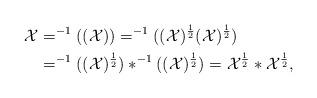
LaTeX: \begin{align*} \mathcal{X}&=^{-1}((\mathcal{X})) =^{-1}((\mathcal{X})^{\frac{1}{2}}(\mathcal{X})^{\frac{1}{2}})\\ &=^{-1}((\mathcal{X})^{\frac{1}{2}})*^{-1}((\mathcal{X})^{\frac{1}{2}}) =\mathcal{X}^{\frac{1}{2}}*\mathcal{X}^{\frac{1}{2}}, \end{align*}